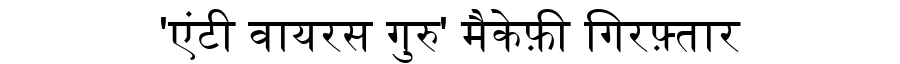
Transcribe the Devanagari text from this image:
'एंटी वायरस गुरु' मैकेफ़ी गिरफ़्तार